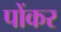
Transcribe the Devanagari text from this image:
पोंकर